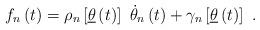
LaTeX: \begin{align*}f_{n}\left( t\right) =\rho _{n}\left[ \underline{\theta }\left( t\right) \right] ~\dot{\theta}_{n}\left( t\right) +\gamma _{n}\left[ \underline{\theta }\left( t\right) \right] ~. \end{align*}